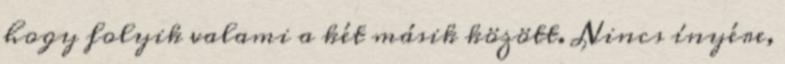
hogy folyik valami a két másik között. Nincs ínyére,